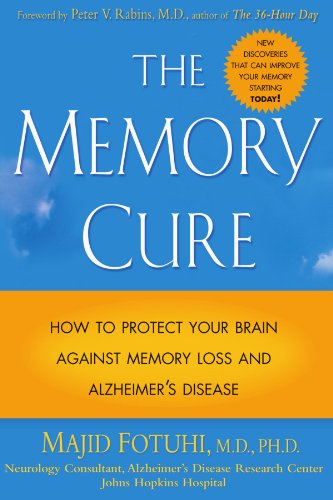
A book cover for The Memory Cure : How to Protect Your Brain Against Memory Loss and Alzheimer's Disease; Majid Fotuhi; Health, Fitness & Dieting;